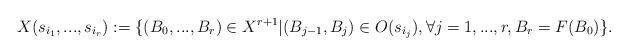
LaTeX: \begin{align*} X(s_{i_1},...,s_{i_r}):=\Large\{(B_0,...,B_r)\in X^{r+1}|(B_{j-1},B_j)\in O(s_{i_j}), \forall j=1,...,r, B_r=F(B_0) \Large\}. \end{align*}